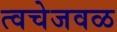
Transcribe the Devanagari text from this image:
त्वचेजवळ